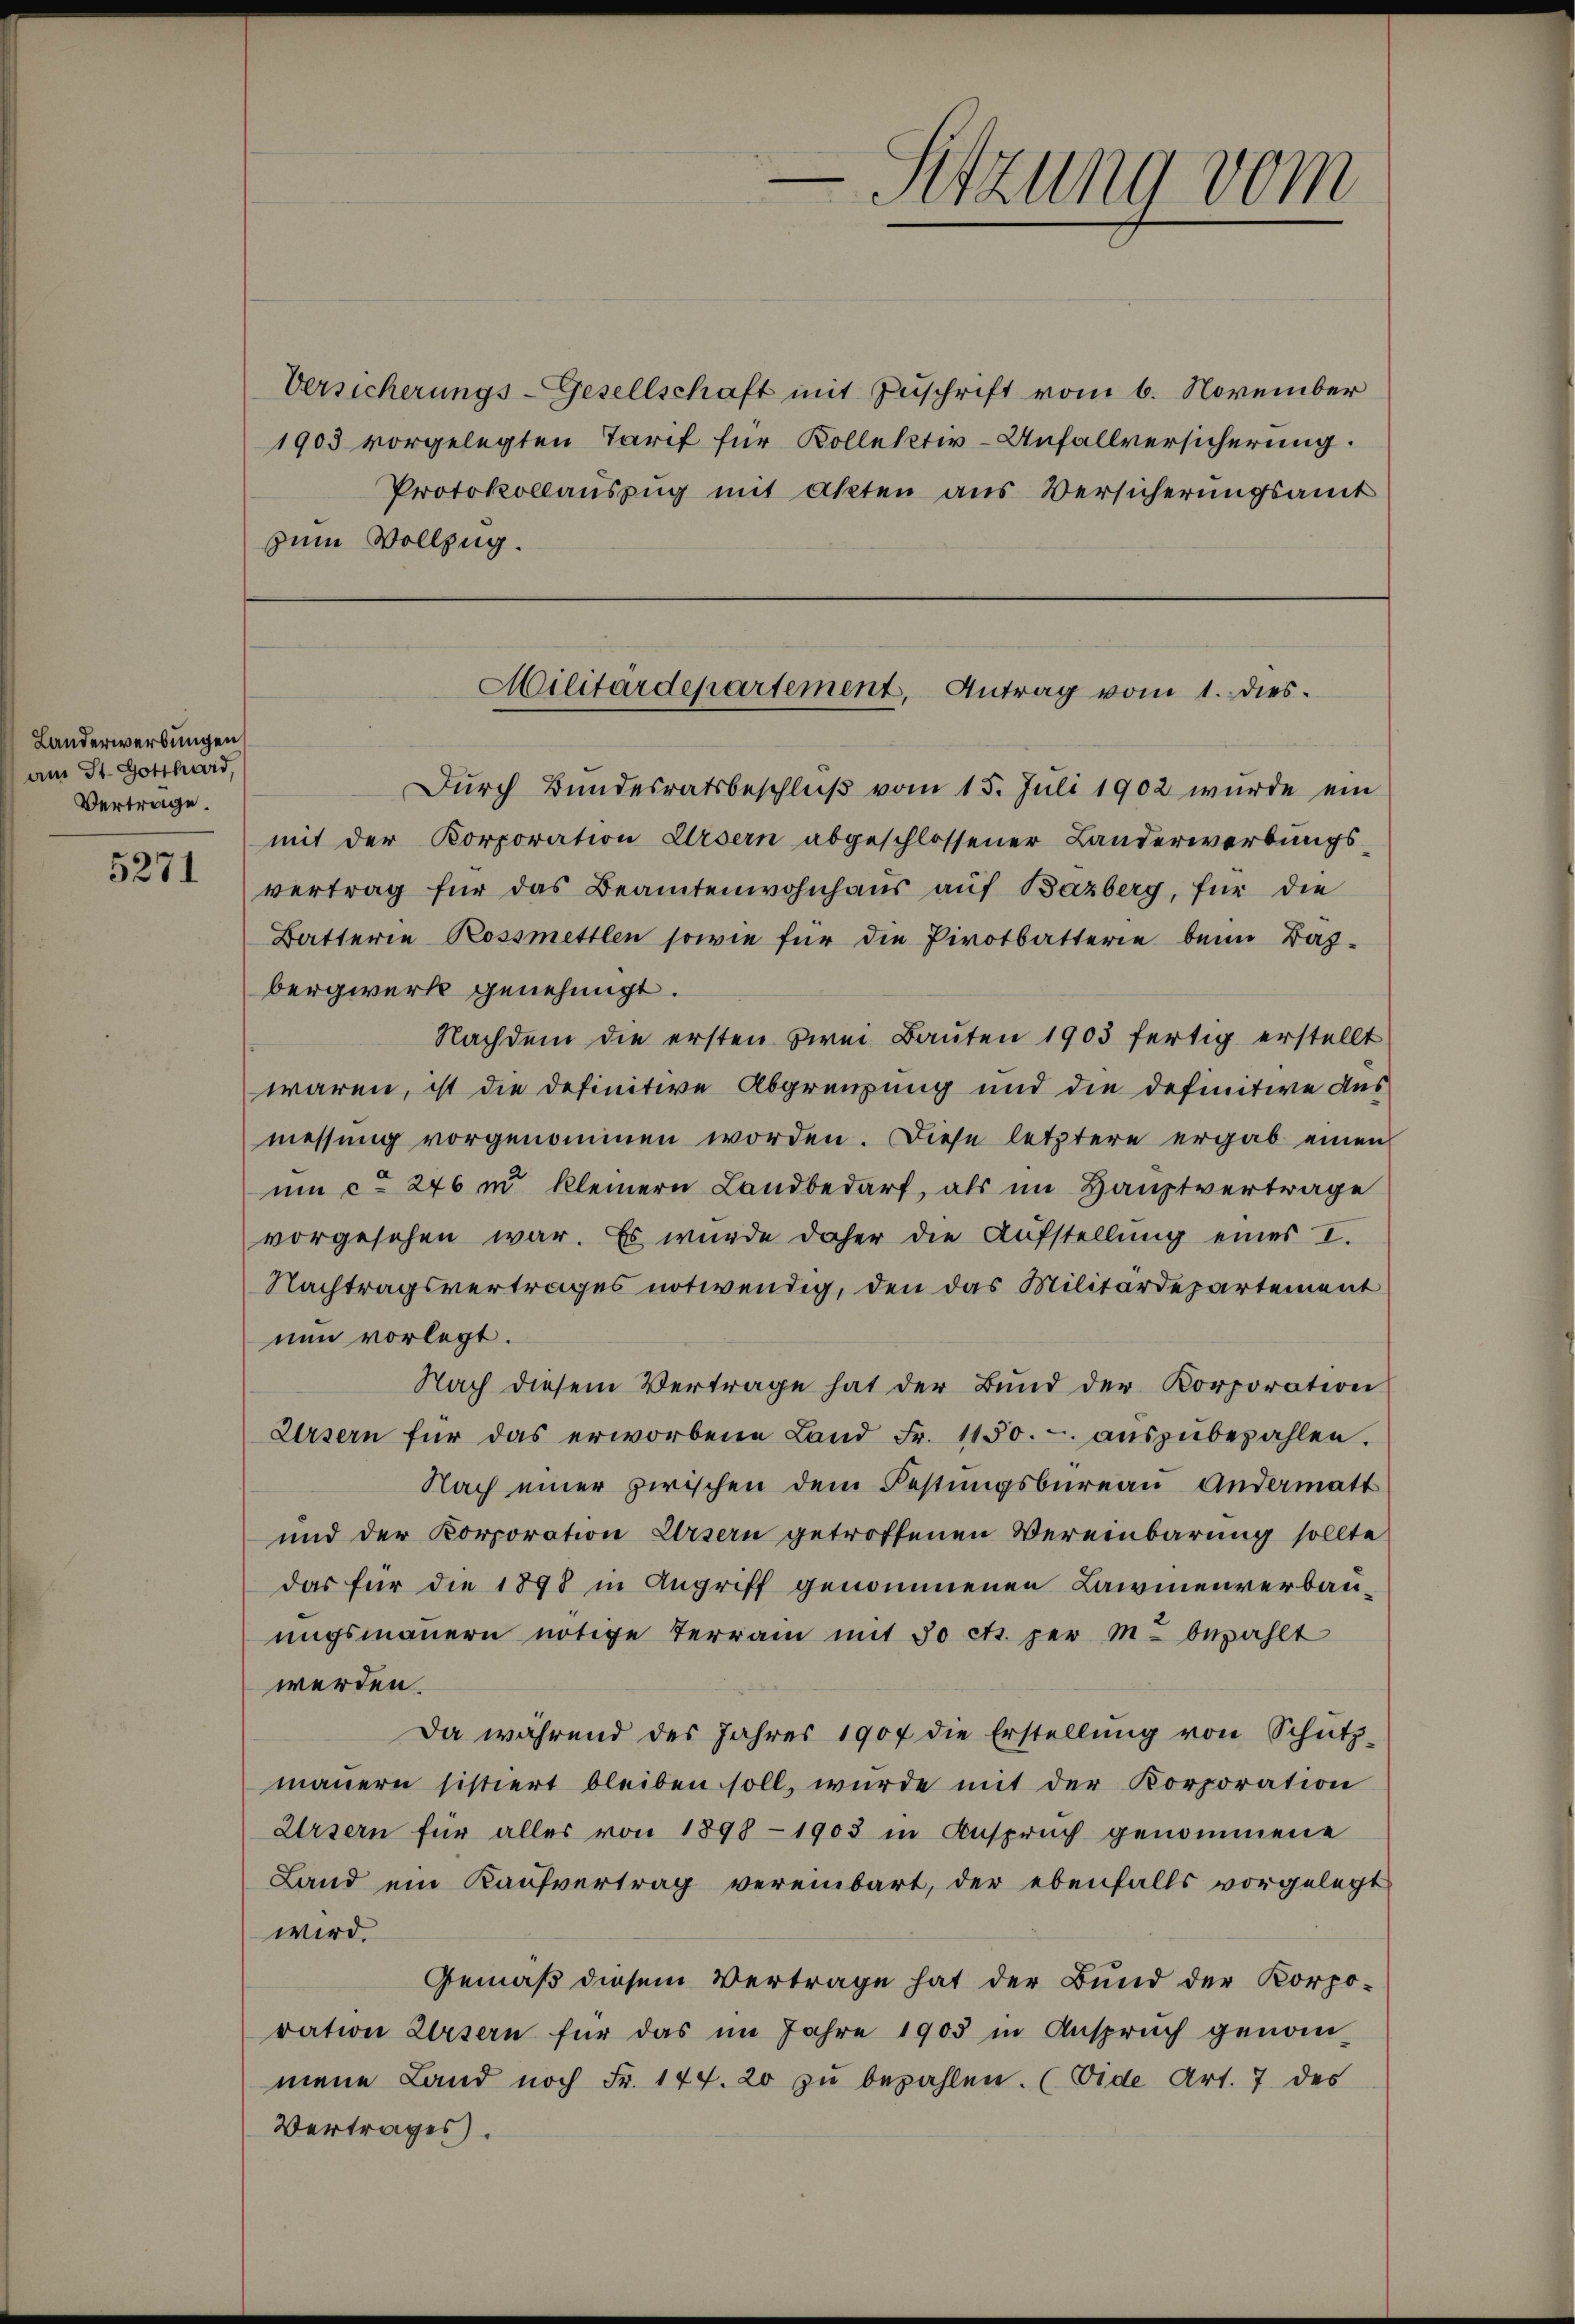
Landerwerbungen
am St. Gotthard,
Vertrage.
5271

Versicherungs-Gesellschaft mit Zuschrift vom 6. November
1903 vorgelegten Tarif für Kollektiv-Unfallversicherung.
Protokollauszug mit akten aus Versicherungsamt
zum Vollzug.

Dŭrch Bŭndesratsbeschlŭβ vom 15. Juli 1902 wurde ein
mit der Korporation Ursern abgeschlossener Landerwerbŭngs-
vertrag für das Beamtenwohnhaus auf Bazberg, für die
Batterie Kossmettlen sowie für die Pirotbatterie beim Baz-
bergwerk genehmigt.
Nachdem die ersten zwei Bauten 1903 fertig erstellt
waren, ist die definitive Abgrenzung und die definitive Ausmessung vorgenommen worden. Diese letztere ergab einen
um c. 246 n kleinern Landbedarf, als im Hauptvertrage
vorgesehen war. Es wurde daher die Aufstellung eines I.
Nachtragsvertrages notwendig, den das Militärdepartement
nen vorlegt.
Nach diesem Vertrage hat der Bŭnd der Korporation
Ursern für das erworbene Land Fr. 1150.- aŭszŭbezahlen.
Nach einer zwischen dem Festungsbureau andermatt
und der Korporation Ursern getroffenen Vereinbarung sollte
das für die 1898 in Angriff genommenen Lawinenverbauungsmauern nötige Terrain mit 30 cts. per M. bezahlt
werden.
Da während des Jahres 1907 die Erstellŭng von Schütz-
mauern sistiert bleiben soll, wurde mit der Korporation
Ursern für alles von 1898 - 1903 in Anspruch genommene
Land ein Kaŭfvertrag vereinbart, der ebenfalls vorgelegt
wird.
Gemäß diesem Vertrage hat der Bund der Korpo-
ration Weisern für das im Jahre 1903 in Anspruch genom-
mene Land noch Fr. 144. 20 zŭ bezahlen. (Vide Art. 7 des
Vertrages.

-Sitzung vom

Militärdepartement, Antrag vom 1. dies